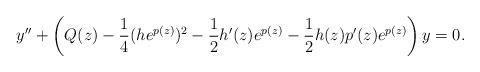
LaTeX: \begin{align*}y'' +\left(Q(z)-\frac{1}{4} (he^{p(z)})^2-\frac{1}{2}h'(z)e^{p(z)}-\frac{1}{2}h(z)p'(z)e^{p(z)}\right)y = 0.\end{align*}